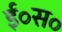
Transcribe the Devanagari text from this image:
ई॰स॰